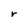
Character: r